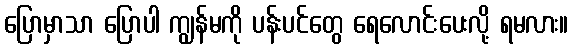
ပြောမှာသာ ပြောပါ ကျွန်မကို ပန်းပင်တွေ ရေလောင်းပေးလို့ ရမလား။